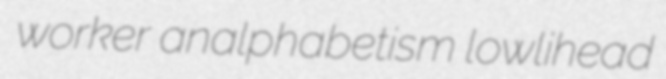
worker analphabetism lowlihead